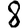
Digit: 8